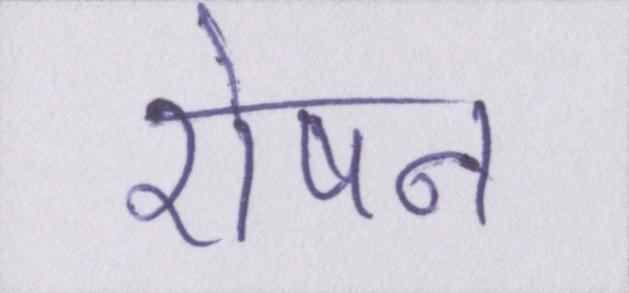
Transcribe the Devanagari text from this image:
रोषन